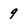
Character: 9